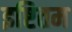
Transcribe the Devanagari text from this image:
इष्टितम